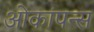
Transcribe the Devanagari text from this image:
ओकांपन्स